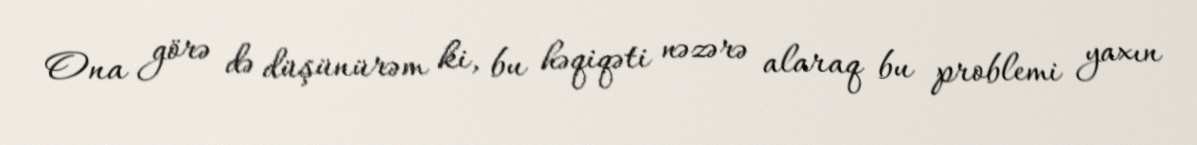
Ona görə də düşünürəm ki, bu həqiqəti nəzərə alaraq bu problemi yaxın